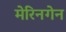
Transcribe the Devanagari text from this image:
मेरिनगेन